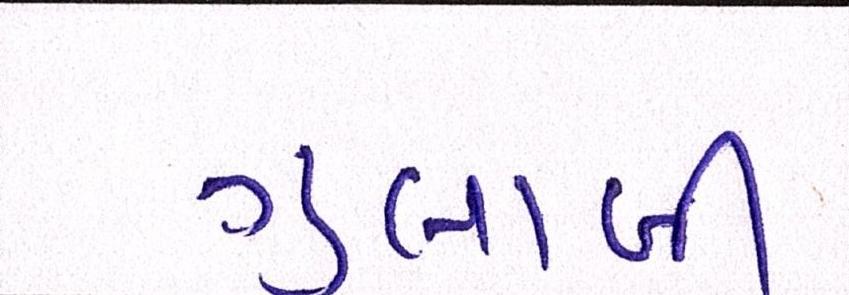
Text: ગુલાબી